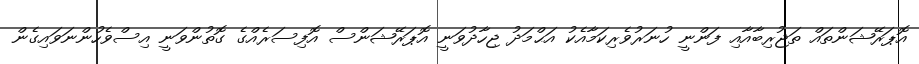
އޮޕަރޭޝަންތައް ތަޖުރިބާއާއި ފަންނީ ހުނަރުވެރިކަމާއެކު އަޙްމަދު ޖިހާދުވަނީ އޮޕަރޭޝަންސް އޮފިސަރެއްގެ ގޮތުންވަނީ އިސްވެހުންނަވައިގެން